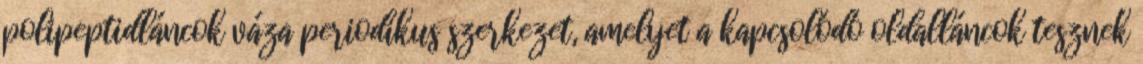
polipeptidláncok váza periodikus szerkezet, amelyet a kapcsolódó oldalláncok tesznek